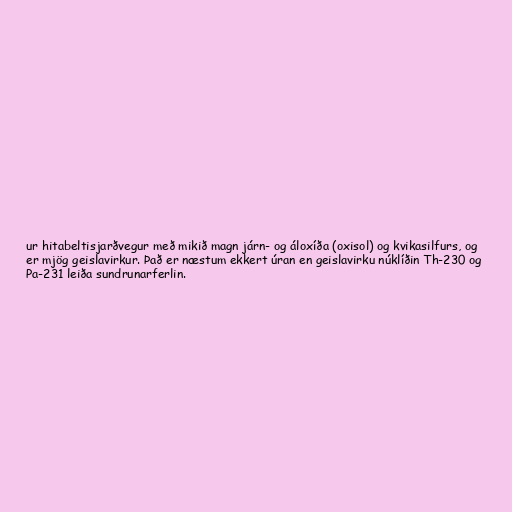
ur hitabeltisjarðvegur með mikið magn járn- og áloxíða (oxisol) og kvikasilfurs, og
er mjög geislavirkur. Það er næstum ekkert úran en geislavirku núklíðin Th-230 og
Pa-231 leiða sundrunarferlin.